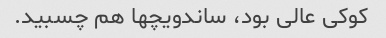
کوکی عالی بود، ساندویچها هم چسبید.